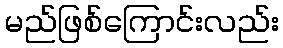
မည်ဖြစ်ကြောင်းလည်း